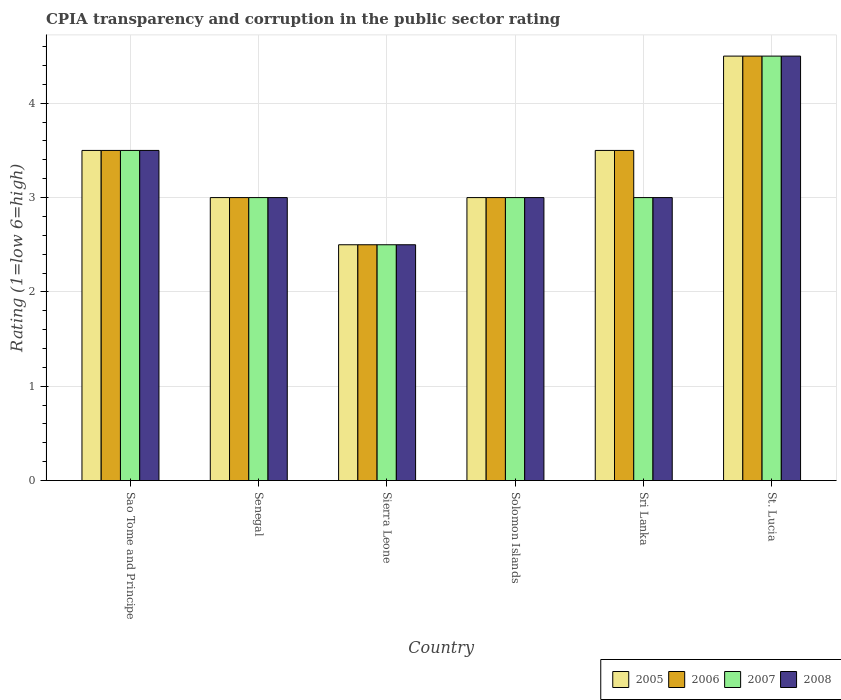
| Country | 2005 | 2006 | 2007 | 2008 |
 | --- | --- | --- | --- | --- |
 | Sao Tome and Principe | 3.5 | 3.5 | 3.5 | 3.5 |
 | Senegal | 3 | 3 | 3 | 3 |
 | Sierra Leone | 2.5 | 2.5 | 2.5 | 2.5 |
 | Solomon Islands | 3 | 3 | 3 | 3 |
 | Sri Lanka | 3.5 | 3.5 | 3 | 3 |
 | St. Lucia | 4.5 | 4.5 | 4.5 | 4.5 |